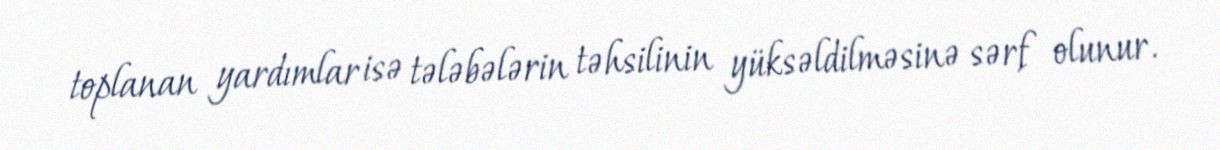
toplanan yardımlar isə tələbələrin təhsilinin yüksəldilməsinə sərf olunur.